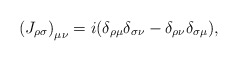
\begin{align*}\left( {J_{\rho \sigma } } \right)_{\mu \nu } = i(\delta _{\rho \mu } \delta _{\sigma \nu } - \delta _{\rho \nu } \delta _{\sigma \mu } ),\end{align*}